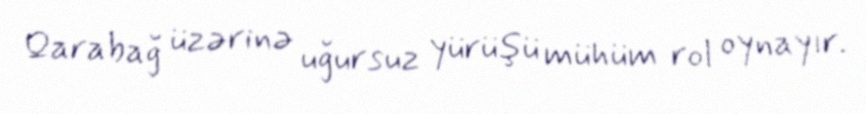
Qarabağ üzərinə uğursuz yürüşü mühüm rol oynayır.